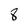
Character: 8